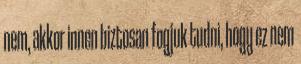
nem, akkor innen biztosan fogjuk tudni, hogy ez nem